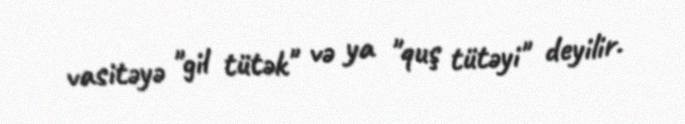
vasitəyə "gil tütək" və ya "quş tütəyi" deyilir.